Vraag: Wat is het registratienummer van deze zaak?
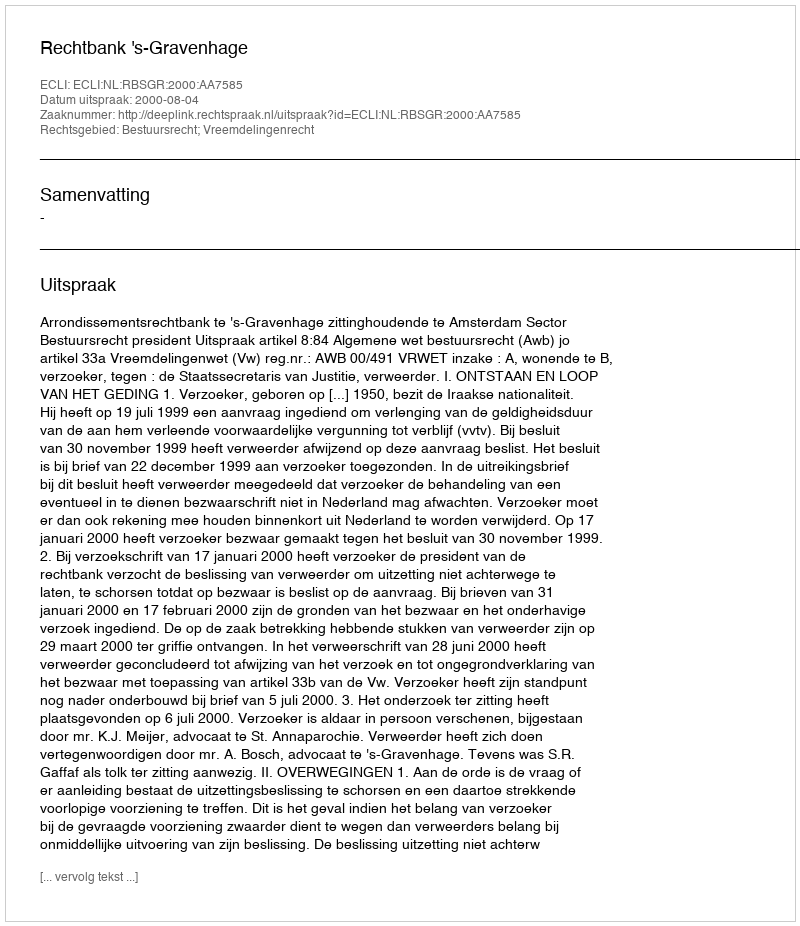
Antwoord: http://deeplink.rechtspraak.nl/uitspraak?id=ECLI:NL:RBSGR:2000:AA7585